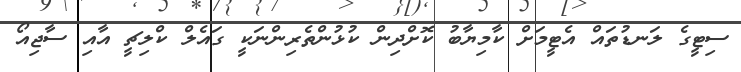
ސިޓީގެ ލަނޑުތައް އެޓީމަށް ކާމިޔާބު ކޮށްދިން ކުޅުންތެރިންނަކީ ގައެލް ކްލިޗީ އާއި ސާޖިއޯ